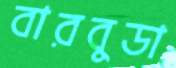
বারবুডা